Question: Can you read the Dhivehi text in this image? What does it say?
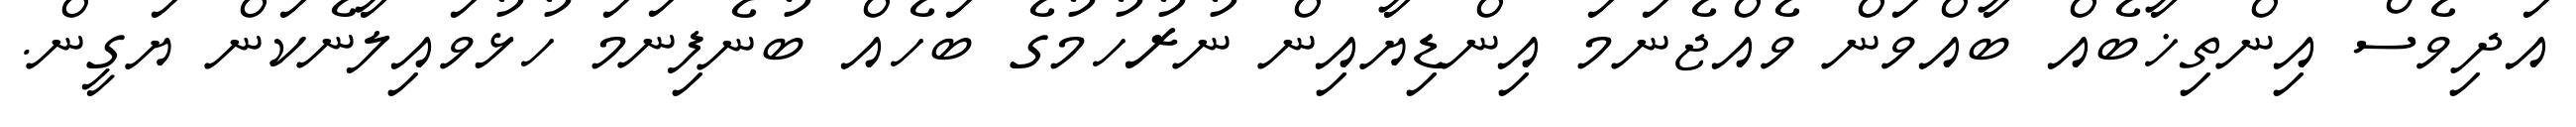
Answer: އަދިވެސް އިންތިޚާބެއް ބާއްވަން ވެއްޖެނަމަ އިންޑިޔާއިން ނުރުހުމުގެ ބަހެއް ބުނެފިނަމަ ހުޅުވައިލާނެކަން ޔަގީން.